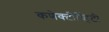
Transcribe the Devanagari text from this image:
कणेक्टीव्हिटी